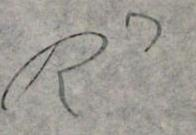
R3